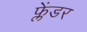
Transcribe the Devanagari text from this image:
फ्लेंडर